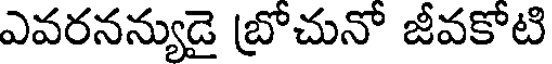
ఎవరనన్యుడై బ్రోచునో జీవకోటి